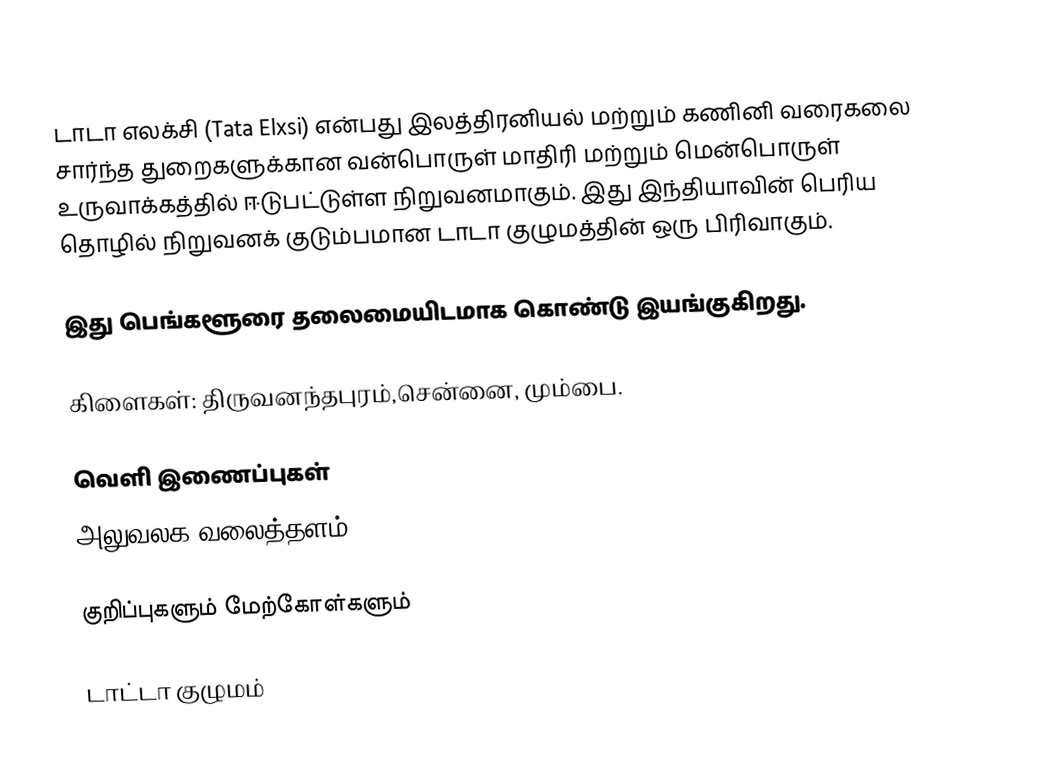
டாடா எலக்சி (Tata Elxsi) என்பது இலத்திரனியல் மற்றும் கணினி வரைகலை சார்ந்த துறைகளுக்கான வன்பொருள் மாதிரி மற்றும்  மென்பொருள் உருவாக்கத்தில் ஈடுபட்டுள்ள நிறுவனமாகும். இது இந்தியாவின் பெரிய தொழில் நிறுவனக் குடும்பமான டாடா குழுமத்தின் ஒரு பிரிவாகும்.

இது பெங்களூரை தலைமையிடமாக கொண்டு இயங்குகிறது.

கிளைகள்: திருவனந்தபுரம்,சென்னை, மும்பை.

வெளி இணைப்புகள்
 அலுவலக வலைத்தளம்

குறிப்புகளும் மேற்கோள்களும்

டாட்டா குழுமம்